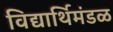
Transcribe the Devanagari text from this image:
विद्यार्थिमंडळ